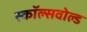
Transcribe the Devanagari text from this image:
स्कॉल्सवोल्ड